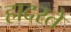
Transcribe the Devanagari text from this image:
हादरते